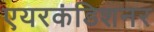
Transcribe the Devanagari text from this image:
एयरकंडिशनर